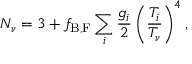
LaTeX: N _ { \nu } = 3 + f _ { \mathrm { B , F } } \sum _ { i } \frac { g _ { i } } { 2 } \left( \frac { T _ { i } } { T _ { \nu } } \right) ^ { 4 } ,